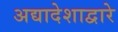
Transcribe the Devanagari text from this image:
अद्यादेशाद्वारे